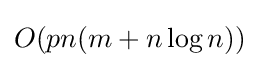
O(pn(m+n\log n))